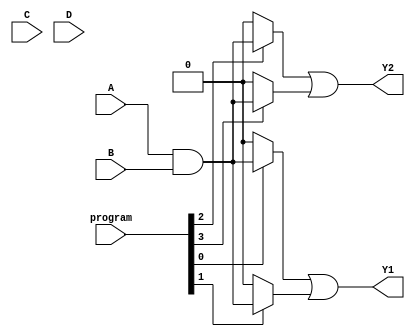
module jewel_pal (
    input wire A, B, C, D,          // Input pins
    input wire [3:0] program,       // Programming input for AND gates
    output wire Y1, Y2              // Output pins
);

// Define the number of AND gates and outputs
parameter NUM_AND_GATES = 4;
parameter NUM_OUTPUTS = 2;

// Internal wires for AND gate outputs
wire [NUM_AND_GATES-1:0] and_out;

// Programmable AND gates
generate
    genvar i;
    for (i = 0; i < NUM_AND_GATES; i = i + 1) begin : and_gates
        assign and_out[i] = (program[i] == 1'b1) ? (A & B) : 1'b0; // Example logic
        // You can customize the logic for each AND gate based on the programming input
        // For example, you can use different combinations of inputs and their complements
    end
endgenerate

// Fixed OR array
assign Y1 = and_out[0] | and_out[1]; // Output Y1 combines outputs from AND gates
assign Y2 = and_out[2] | and_out[3]; // Output Y2 combines outputs from AND gates

endmodule